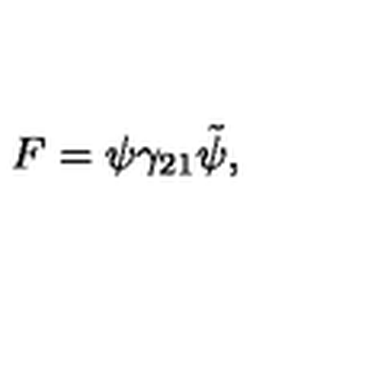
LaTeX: F = \psi \gamma _ { 2 1 } \tilde { \psi } ,